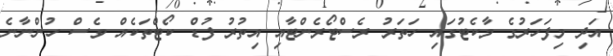
އަދި މިފަހަރުގެ މާކެޓުގައި ހަތަރު ރެސްޓޯރެންޓާއި އިތުރު ފުޑް ކޯޓްތަކެއް ވެސް ހުންނާނެ